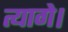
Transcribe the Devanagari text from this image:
त्यागे।